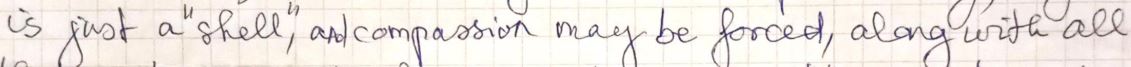
is just a shell, and compassion may be forced, along with all